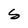
Character: S